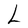
Character: L